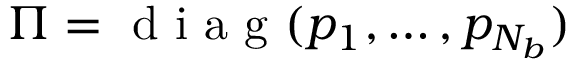
\Pi = \mathrm { ~ d ~ i ~ a ~ g ~ } ( p _ { 1 } , \ldots , p _ { N _ { b } } )